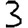
Digit: 3